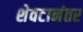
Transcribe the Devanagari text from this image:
शेवटानंतर